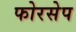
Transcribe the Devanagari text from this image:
फोरसेप